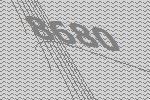
8680